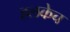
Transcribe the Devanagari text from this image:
हलकेच